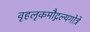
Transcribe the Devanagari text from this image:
वृहलृकमौद्गल्यगोत्रे